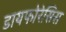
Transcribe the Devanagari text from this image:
डायफोरेसिस